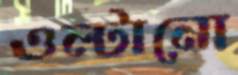
ওল্টানো